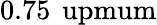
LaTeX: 0.75\, \mathrm{\ upmum}